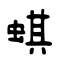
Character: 蜞